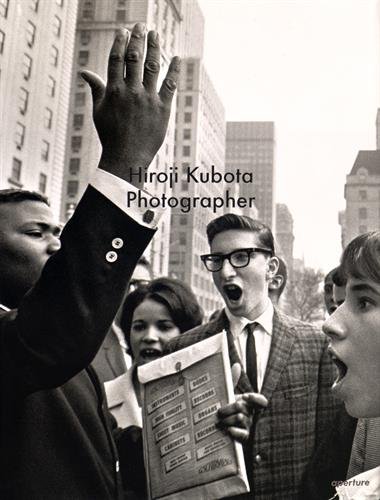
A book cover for Hiroji Kubota: Photographer; Alison NordstrÃ¶m; Arts & Photography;